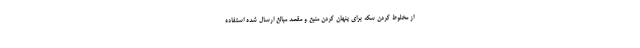
از مخلوط کردن سکه برای پنهان کردن منبع و مقصد مبالغ ارسال شده استفاده